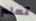
تعلم